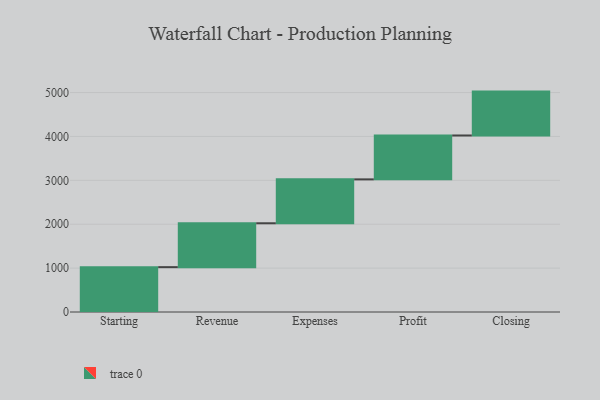
{"axis": {"x": "Step", "y": "Value"}, "legend": [""], "data": [{"x": "Starting", "y": 1022.0, "type": ""}, {"x": "Revenue", "y": 1000, "type": ""}, {"x": "Expenses", "y": 1000, "type": ""}, {"x": "Profit", "y": 1000, "type": ""}, {"x": "Closing", "y": 1000, "type": ""}]}